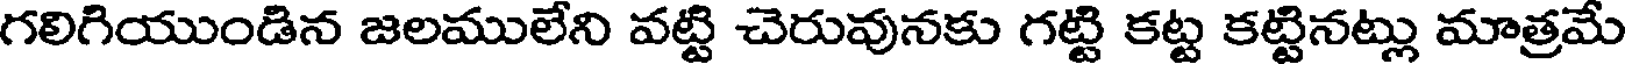
గలిగియుండిన జలములేని వట్టి చెరువునకు గట్టి కట్ట కట్టినట్లు మాత్రమే